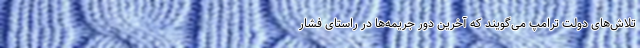
تلاش‌های دولت ترامپ می‌گویند که آخرین دور جریمه‌ها در راستای فشار